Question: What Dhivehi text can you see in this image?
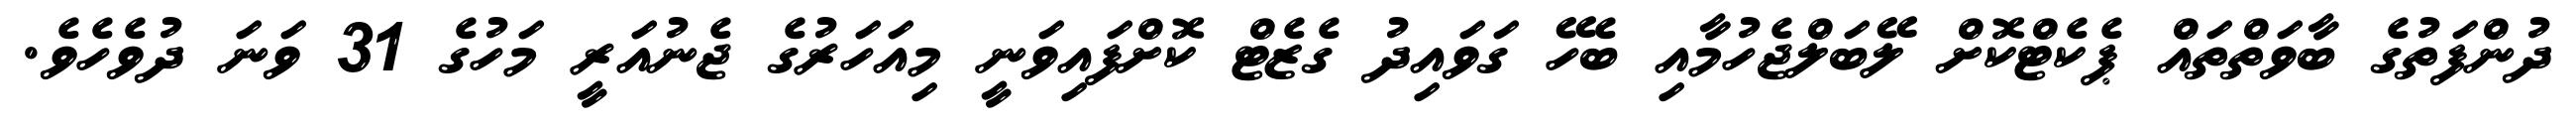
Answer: ދުންފަތުގެ ބާވަތްތައް ޕެކެޓްކޮށް ލޭބަލްޖެހުމާއި ބެހޭ ގަވައިދު ގެޒެޓް ކޮށްފައިވަނީ މިއަހަރުގެ ޖެނުއަރީ މަހުގެ 31 ވަނަ ދުވެހެވެ.